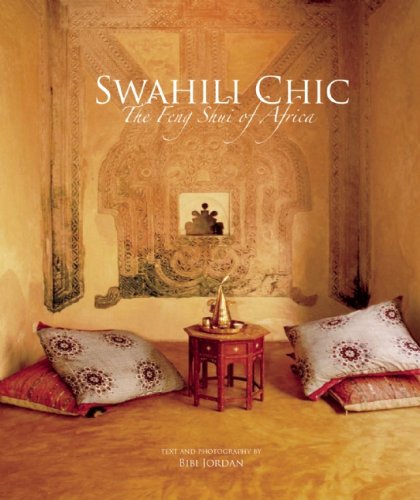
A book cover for Swahili Chic: The Feng Shui of Africa; Religion & Spirituality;